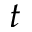
t